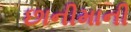
છાનીમાની